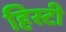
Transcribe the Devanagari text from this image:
हिस्टी